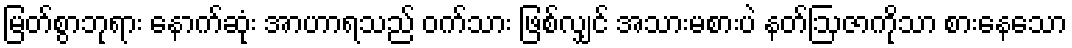
မြတ်စွာဘုရား နောက်ဆုံး အာဟာရသည် ဝက်သား ဖြစ်လျှင် အသားမစားပဲ နတ်ဩဇာကိုသာ စားနေသော